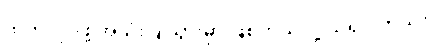
ထုတ်လုပ်ဖို့ အသုံးပြုသွားမှာ ဖြစ်တယ်လို့ သိရပါတယ်။